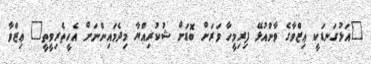
"އަޅުގަނޑަކީ ޢިޒްވާގެ ވާންއުޅޭ ފިރިމީހާ ވަރަށް ބޮޑަށް ޝުކުރިއްޔާ މިދެމައިންނަށް އެހީތެރިވީތީ" ޢިޒްވާ